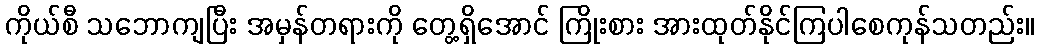
ကိုယ်စီ သဘောကျပြီး အမှန်တရားကို တွေ့ရှိအောင် ကြိုးစား အားထုတ်နိုင်ကြပါစေကုန်သတည်း။